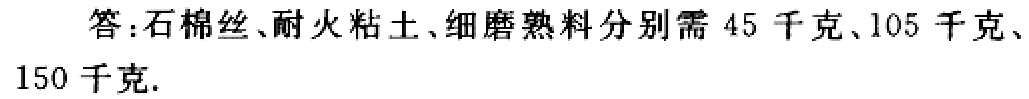
答：石棉丝、耐火粘土、细磨熟料分别需 \(45\) 千克、\(105\) 千克、\(150\) 千克.